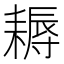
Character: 耨